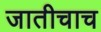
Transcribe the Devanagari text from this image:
जातीचाच